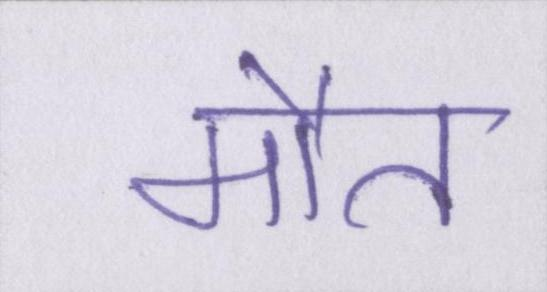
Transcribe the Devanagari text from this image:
मौत